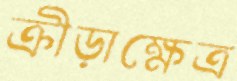
ক্রীড়াক্ষেত্র